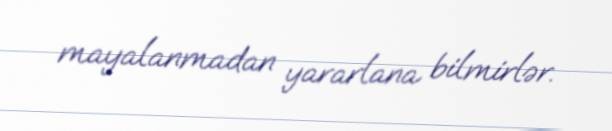
mayalanmadan yararlana bilmirlər.